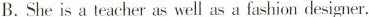
B. She is a teacher as well as a fashion designer.